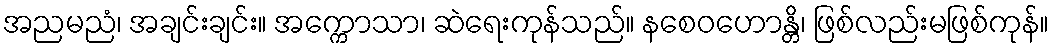
အညမညံ၊ အချင်းချင်း။ အက္ကောသာ၊ ဆဲရေးကုန်သည်။ နစေဝဟောန္တိ၊ ဖြစ်လည်းမဖြစ်ကုန်။